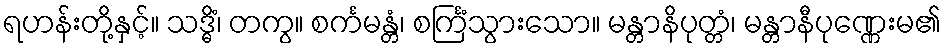
ရဟန်းတို့နှင့်။ သဒ္ဓိံ၊ တကွ။ စင်္ကမန္တံ၊ စင်္ကြံသွားသော။ မန္တာနိပုတ္တံ၊ မန္တာနီပုဏ္ဏေးမ၏